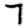
Digit: 7